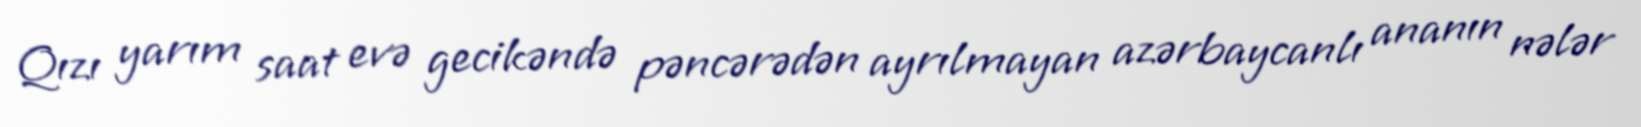
Qızı yarım saat evə gecikəndə pəncərədən ayrılmayan azərbaycanlı ananın nələr